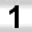
Digit: 1